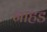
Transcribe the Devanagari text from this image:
नाहड